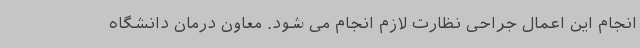
انجام این اعمال جراحی نظارت لازم انجام می شود. معاون درمان دانشگاه